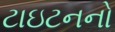
ટાઇટનનો